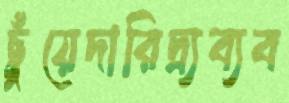
ছুঁয়েদারিদ্র্যব্যব